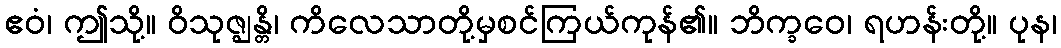
ဧဝံ၊ ဤသို့။ ဝိသုဇ္ဈန္တိ၊ ကိလေသာတို့မှစင်ကြယ်ကုန်၏။ ဘိက္ခဝေ၊ ရဟန်းတို့။ ပုန၊